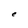
Character: e